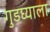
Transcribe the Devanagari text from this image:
गुडघ्याला